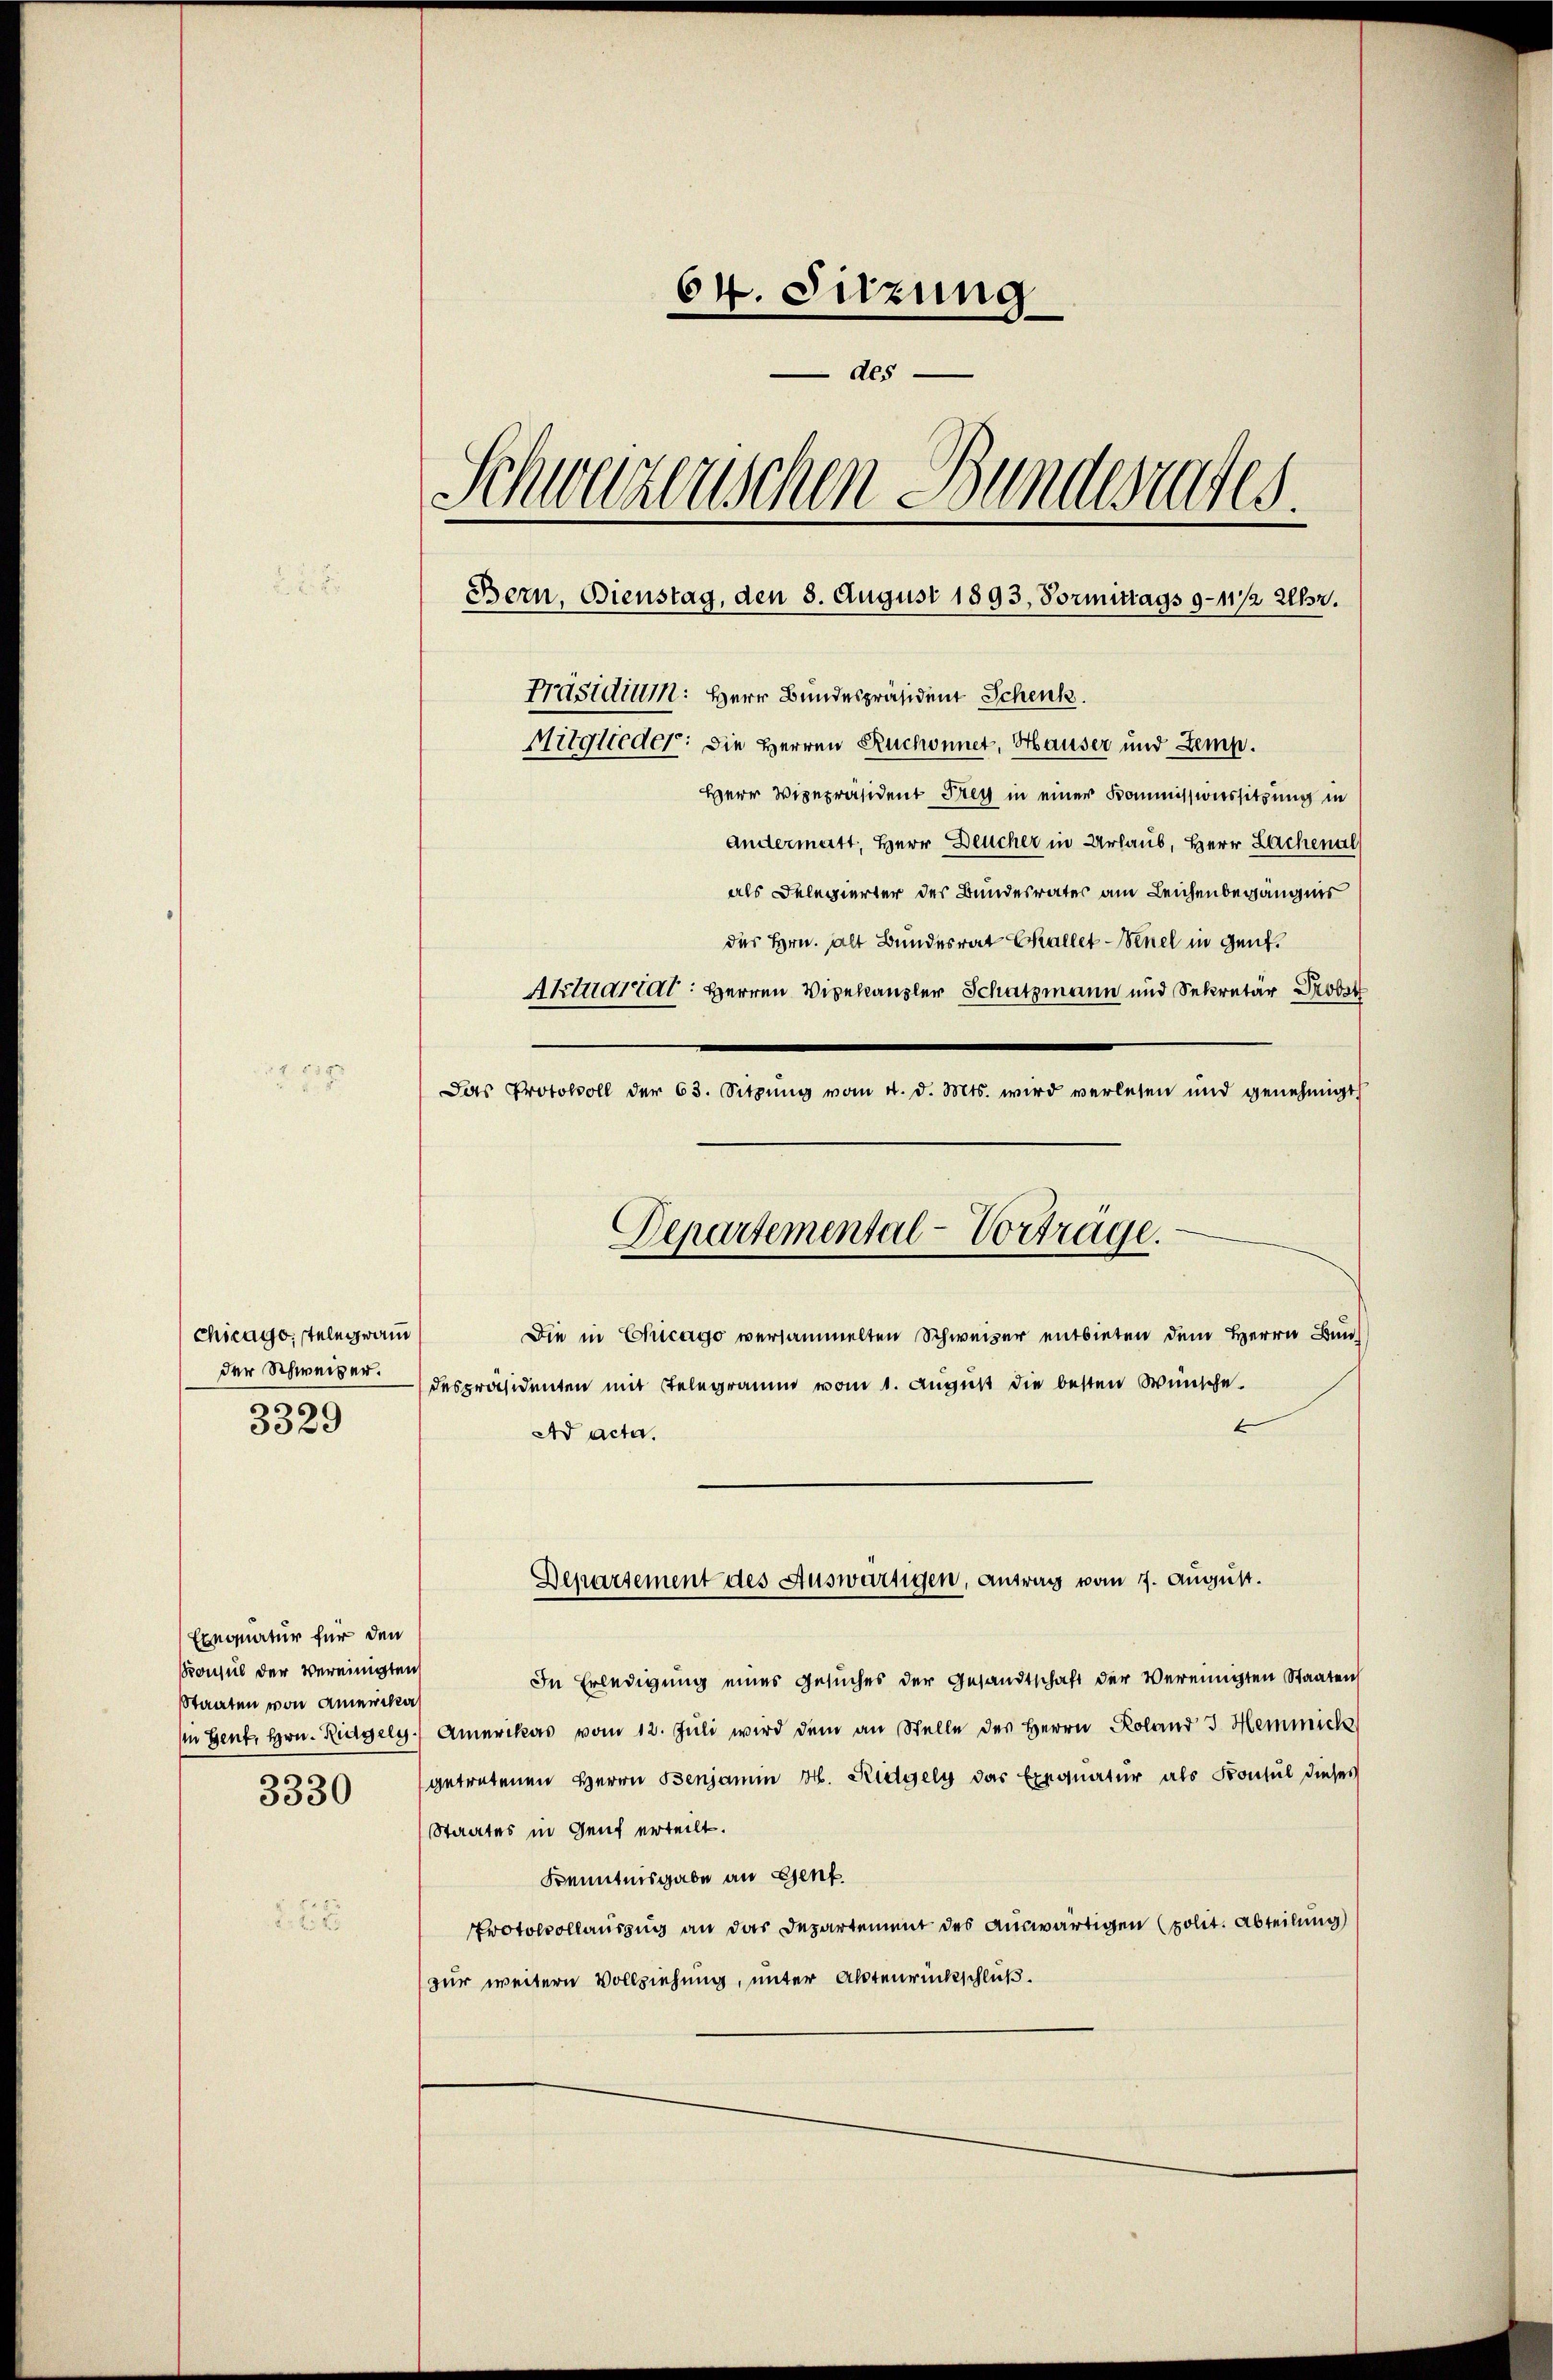
Chicago, telegram
der Schweizer.
¬
3529

Exequatur für den
Konsul der Vereinigten
Staaten von Amerika
in Gent, Hrn. Regely

3330

64. Sitzung
des
Schweizerischen Bundesrates.
Bern, Bienstag, den 8. August 1893, Vormittags 9 - 11/2 Uhr.
Präsidium: Herr Bundespräsident Schenk
Mitglieder: die Herren Ruchonnet, Hauser und Zemp.
Herr Vicepräsident Frey in einer Kommissionssitzung in
Andermatt, Herr Deucher in Urlaub, Herr Lachenal

als Delegierter des Bundesrates am Leichenbegängnis
des Hrn. alt Bundesrat Challet Seel in Genf.
Aktuartal: Herren Vizekanzler Schatzmann und Sekretär Pro
Das Protokoll der 63. Sitzŭng vom 4. d. Mts. wird verlesen und genehmigt
Die in Chicago versammelten Schweizer entbieten dem Herrn Bun
despräsidenten mit Telegramm vom 1. August die besten Wünsche
Ad acta.
Departement des Auswärtigen, Antrag vom 7. August.
In Erledigung eines Gesuches der Gesandtschaft der Vereinigten Staaten
Amerikas vom 12. Jŭli wird dem an Stelle des Herrn Roland 3 Hemmick
getretenen Herrn Benjamin H. Reidgely das Exequatur als Konsul dieses
Staates in Genf erteilt.
Kenntnisgabe an Genf.
Protokollauszug an das Departement des auswärtigen (polit. Abteilung
zur weitern Vollziehung, unter Aktenrückschluß.

Departemental-Vortrage.